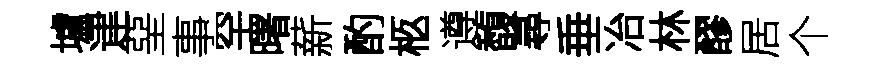
壚䢖堊事罕曙薪酌柩遵馥尋垂冶林醪居个